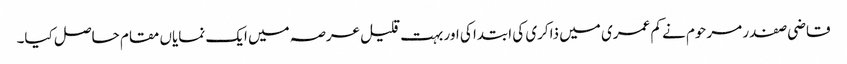
قاضی صفدر مرحوم نے کم عمری میں ذاکری کی ابتدا کی اور بہت قلیل عرصہ میں ایک نمایاں مقام حاصل کیا۔